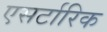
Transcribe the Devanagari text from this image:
एसर्टारिक